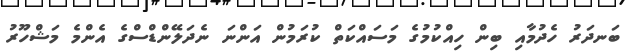
ބަނދަރު ހެދުމާއި ބިން ހިއްކުމުގެ މަސައްކަތް ކުރަމުން އަންނަ ނެދަލޭންޑްސްގެ އެންމެ މަޝްހޫރު